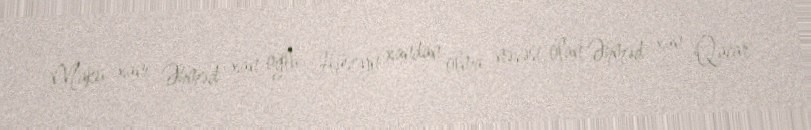
Maku xanı Əhməd xan oğlu Hüseyn xandan olma nəvəsi olan Əhməd xan Qacar